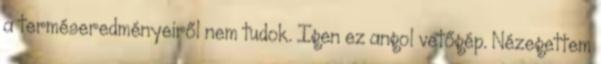
a terméseredményeiről nem tudok. Igen ez angol vetőgép. Nézegettem